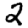
Digit: 2